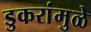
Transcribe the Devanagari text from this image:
डुकरांमुळे